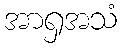
အာရှအသံ